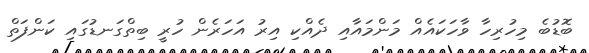
ބޮޑުބެ މިހުރިހާ ވާހަކައެއް މަންމައާއި ދެއްކި އިރު އަހަރެން ހުރީ ބިތްގަނޑުގައި ކަންފަތް